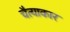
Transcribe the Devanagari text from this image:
चैत्याकार